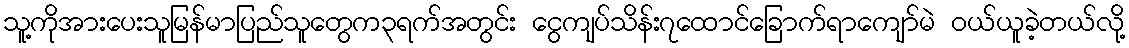
သူ့ကိုအားပေးသူမြန်မာပြည်သူတွေက၃ရက်အတွင်း ငွေကျပ်သိန်း၇ထောင်ခြောက်ရာကျော်မဲ ဝယ်ယူခဲ့တယ်လို့